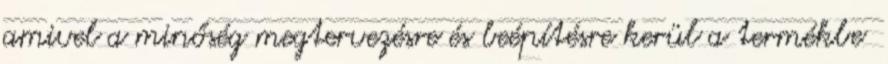
amivel a minőség megtervezésre és beépítésre kerül a termékbe